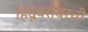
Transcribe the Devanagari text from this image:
हिंदूंबरोबरची